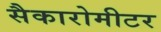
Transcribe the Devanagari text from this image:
सैकारोमीटर